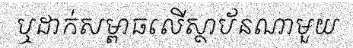
ឬដាក់សម្ពាធលើស្ថាប័នណាមួយ